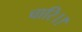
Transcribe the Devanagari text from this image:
चारि।।